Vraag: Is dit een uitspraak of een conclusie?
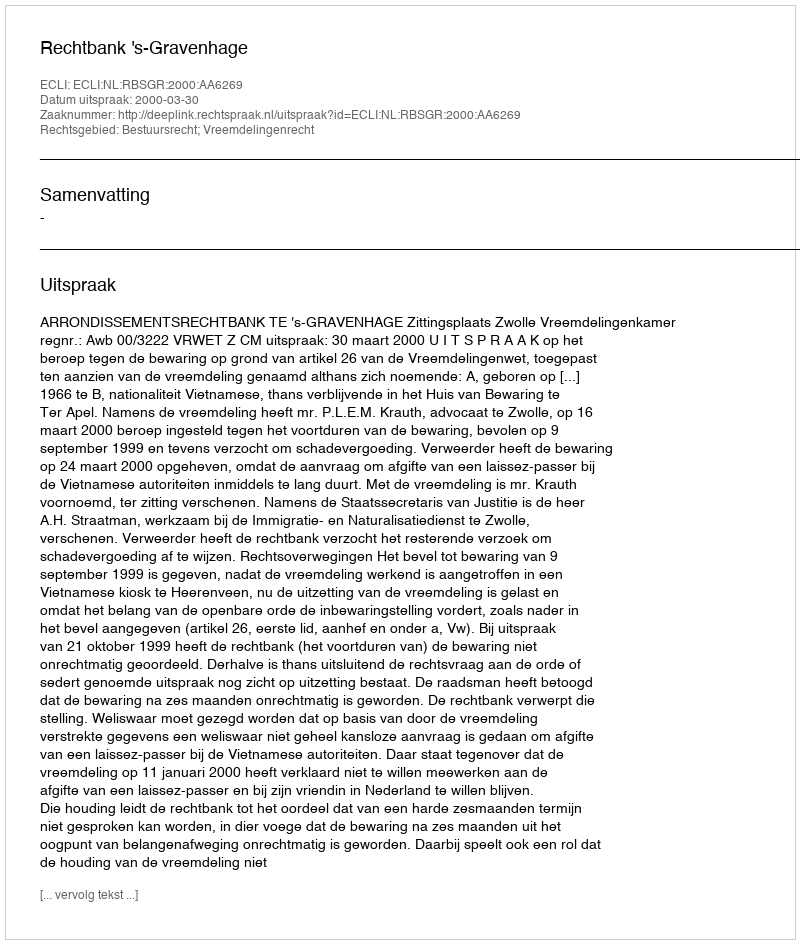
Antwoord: Uitspraak